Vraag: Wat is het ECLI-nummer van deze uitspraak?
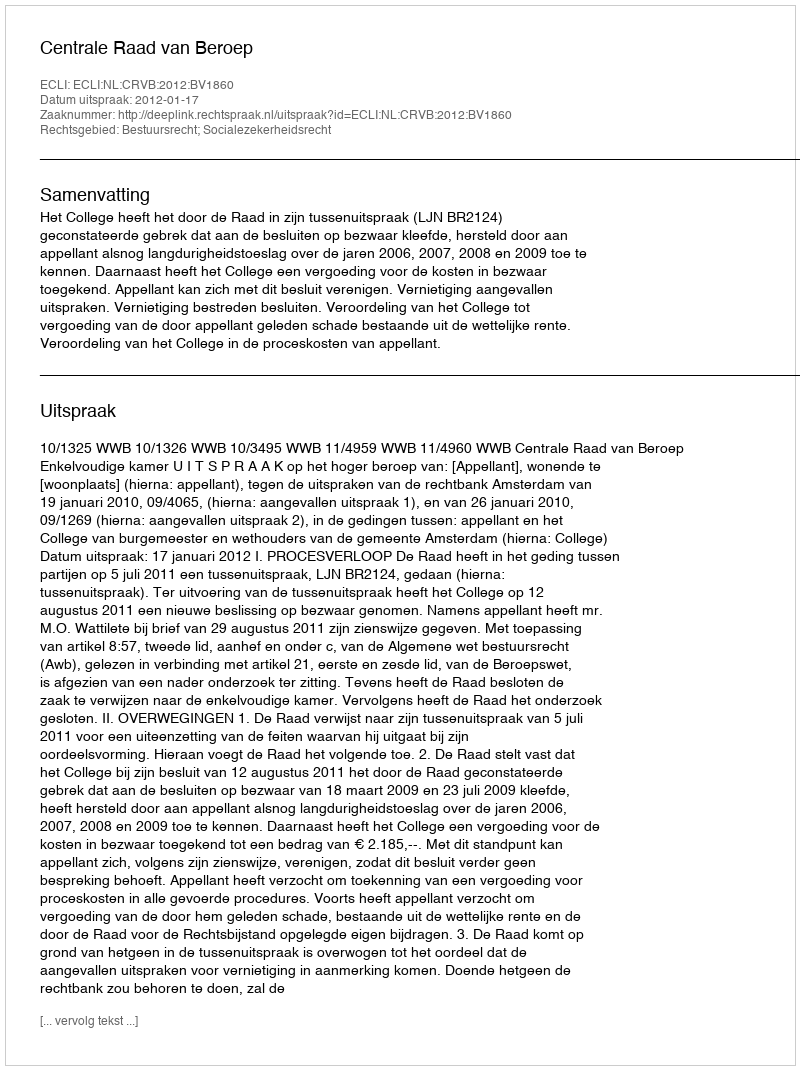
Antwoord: ECLI:NL:CRVB:2012:BV1860